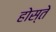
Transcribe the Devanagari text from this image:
होस्ते